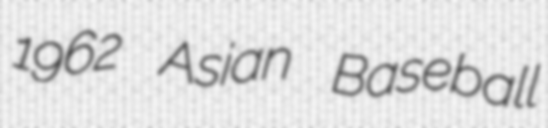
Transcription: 1962 Asian Baseball